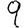
Digit: 9